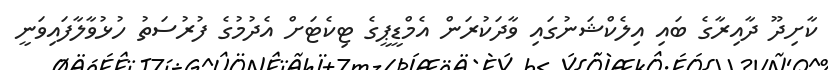
ކާށިދޫ ދާއިރާގެ ބައި އިލެކްޝަނުގައި ވާދަކުރަން އެމްޑީޕީގެ ޓިކެޓަށް އެދުމުގެ ފުރުސަތު ހުޅުވާލާފައިވަނީ